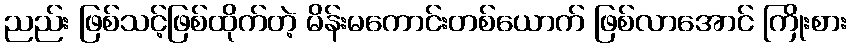
ညည်း ဖြစ်သင့်ဖြစ်ထိုက်တဲ့ မိန်းမကောင်းတစ်ယောက် ဖြစ်လာအောင် ကြိုးစား